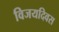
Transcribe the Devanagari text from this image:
विजयदिवस